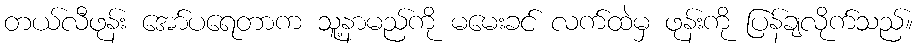
တယ်လီဖုန်း အော်ပရေတာက သူ့နာမည်ကို မမေးခင် လက်ထဲမှ ဖုန်းကို ပြန်ချလိုက်သည်။